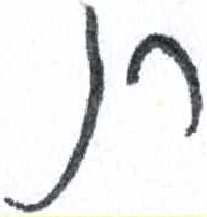
אות: ת